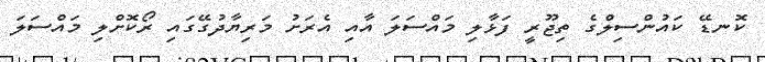
ކޮނޑޭ ކައުންސިލްގެ ތިޖޫރީ ފަޅާލި މައްސަލަ އާއި އެރަށު މަރިޔާދުގޭގައި ރޯކޮށްލި މައްސަލަ